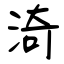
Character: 渏